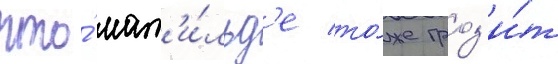
что́ мат'и́льд'е то́же гроз'и́т